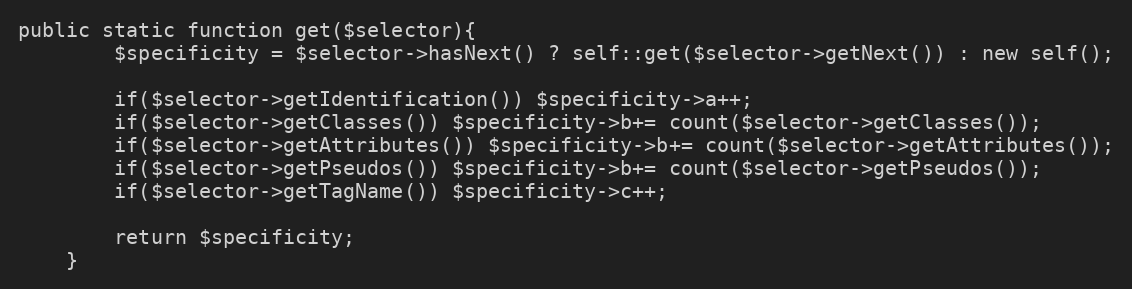
Language: PHP
public static function get($selector){
		$specificity = $selector->hasNext() ? self::get($selector->getNext()) : new self();

		if($selector->getIdentification()) $specificity->a++;
		if($selector->getClasses()) $specificity->b+= count($selector->getClasses());
		if($selector->getAttributes()) $specificity->b+= count($selector->getAttributes());
		if($selector->getPseudos()) $specificity->b+= count($selector->getPseudos());
		if($selector->getTagName()) $specificity->c++;

		return $specificity;
	}